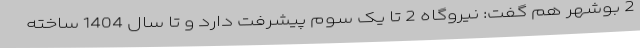
2 بوشهر هم گفت: نیروگاه 2 تا یک سوم پیشرفت دارد و تا سال 1404 ساخته